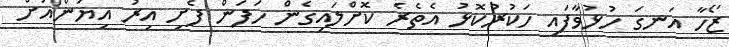
ޒޯހާ އަނގަ ހުޅުވާފައި ހަކުރުކޮޅު އެތެރެ ކޮށްލައިގެން ހަފަން ފެށި އިރު އިޔަންއަށް